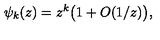
\psi _ { k } ( z ) = z ^ { k } \bigl ( 1 + O ( 1 / z ) \bigr ) ,